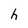
Character: h